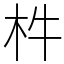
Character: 㭌